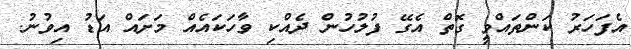
އެފަހަރު ކަންތައްވީ ގޮތް އެގޭ ފުލުހުން ދެއްކި ވާހަކައެއް މަށައް އަޑު އިވުނު.